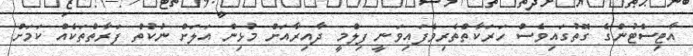
އާޓިސްޓުންގެ ގޮތުގައިވެސް ހަރަކާތްތެރިވެފައިވަނީ ފިލްމީ ދާއިރާއަށް މުޅިން އަލަށް ނުކުތް ފަރާތްތަކެއް ކަމަށް